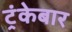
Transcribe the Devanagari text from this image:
ट्रंकेबार